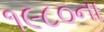
૧૯૮૦ના